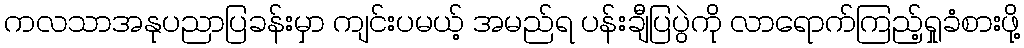
ကလသာအနုပညာပြခန်းမှာ ကျင်းပမယ့် အမည်ရ ပန်းချီပြပွဲကို လာရောက်ကြည့်ရှုခံစားဖို့